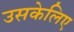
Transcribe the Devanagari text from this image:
उसकेलिए